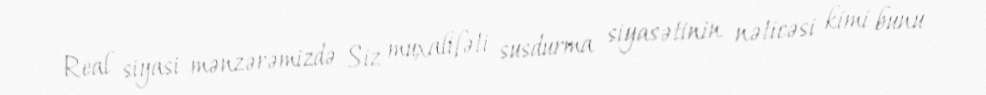
Real siyasi mənzərəmizdə Siz muxalifəti susdurma siyasətinin nəticəsi kimi bunu